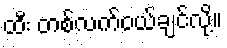
ထီး တစ်လက်ဝယ်ချင်လို့။